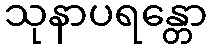
သုနာပရန္တော